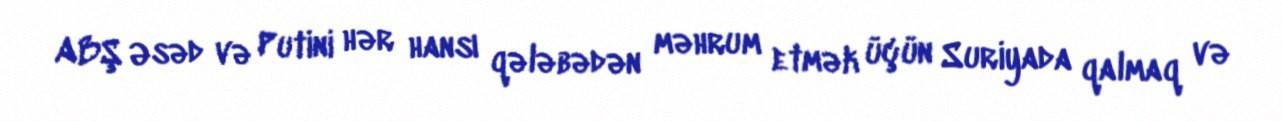
ABŞ Əsəd və Putini hər hansı qələbədən məhrum etmək üçün Suriyada qalmaq və